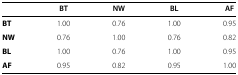
|  | BT | NW | BL | AF |
 | --- | --- | --- | --- | --- |
 | BT | 1.00 | 0.76 | 1.00 | 0.95 |
 | NW | 0.76 | 1.00 | 0.76 | 0.82 |
 | BL | 1.00 | 0.76 | 1.00 | 0.95 |
 | AF | 0.95 | 0.82 | 0.95 | 1.00 |